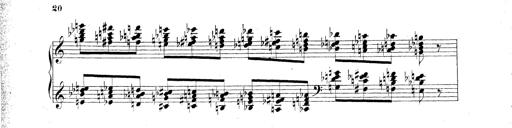
Title: Technische Studien
Composer: Franz Liszt